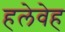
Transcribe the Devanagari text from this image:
हलेवेह